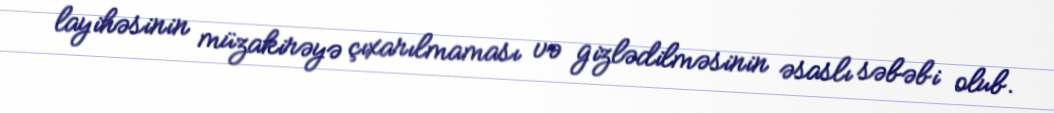
layihəsinin müzakirəyə çıxarılmaması və gizlədilməsinin əsaslı səbəbi olub.